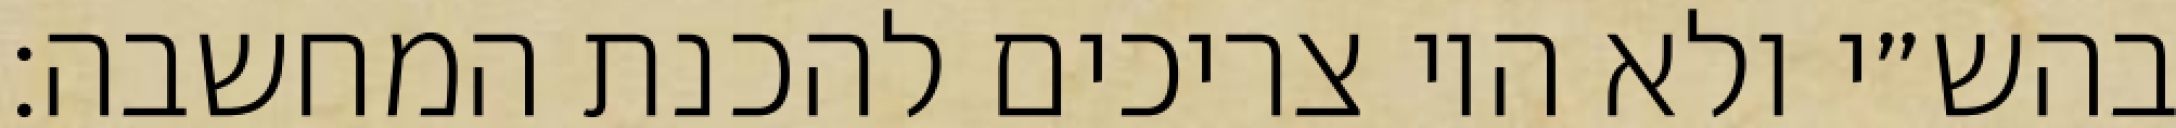
בהש״י ולא היו צריכים להכנת המחשבה: